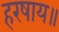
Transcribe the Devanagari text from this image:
हरषाय॥